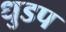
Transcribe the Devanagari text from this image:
धुडप